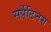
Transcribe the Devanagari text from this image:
सर्पेटिनम